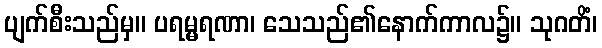
ပျက်စီးသည်မှ။ ပရမ္မရဏာ၊ သေသည်၏နောက်ကာလ၌။ သုဂတိံ၊